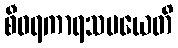
စီဝရကာရသမယေတိ